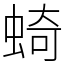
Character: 䗁